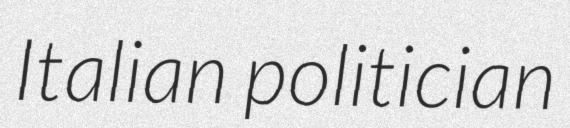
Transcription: Italian politician